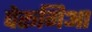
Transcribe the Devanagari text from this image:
पेरूगिआ